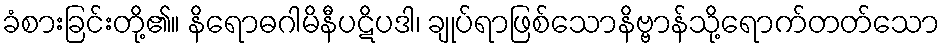
ခံစားခြင်းတို့၏။ နိရောဓဂါမိနီပဋိပဒါ၊ ချုပ်ရာဖြစ်သောနိဗ္ဗာန်သို့ရောက်တတ်သော